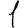
Digit: 1